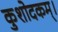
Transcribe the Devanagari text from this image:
कुशोदकम्।